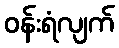
ဝန်းရံလျက်